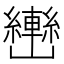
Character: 𰹫